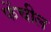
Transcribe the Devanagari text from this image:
फेंचील